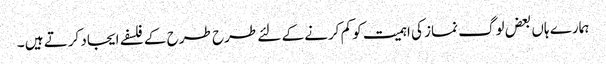
ہمارے ہاں بعض لوگ نماز کی اہمیت کو کم کرنے کے لئے طرح طرح کے فلسفے ایجاد کرتے ہیں ۔